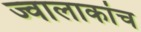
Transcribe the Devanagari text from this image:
ज्वालाकांच